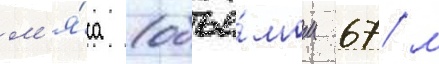
м'я́са (объё́мом 67 м